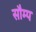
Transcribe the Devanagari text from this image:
सौम्प